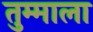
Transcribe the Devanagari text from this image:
तुम्माला